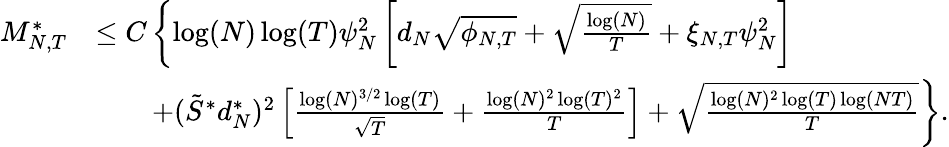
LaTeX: \begin{array}{rl}{{M_{N,T}^{*}}}&{\leq C\left\lbrace\log(N)\log(T)\psi_{N}^{2}\left[d_{N}\sqrt{\phi_{N,T}}+\sqrt{\frac{\log(N)}{T}}+\xi_{N,T}\psi_{N}^{2}\right]\right.}\\ &{\left.\qquad+(\tilde{S}^{*}d_{N}^{*})^{2}\left[\frac{\log(N)^{3/2}\log(T)}{\sqrt{T}}+\frac{\log(N)^{2}\log(T)^{2}}{T}\right]+\sqrt{\frac{\log(N)^{2}\log(T)\log(NT)}{T}}\right\rbrace.}\end{array}